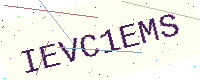
Text: IEVC1EMS